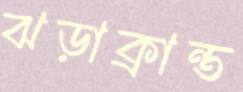
ঝড়াক্রান্ত